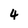
Character: 4